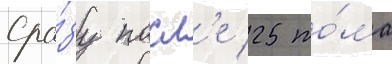
Сра́зу посл'е 25 то́ма